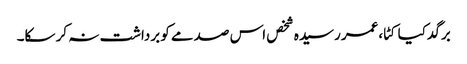
برگد کیا کٹا،عمر رسیدہ شخص اس صدمے کو برداشت نہ کر سکا۔